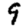
Digit: 9